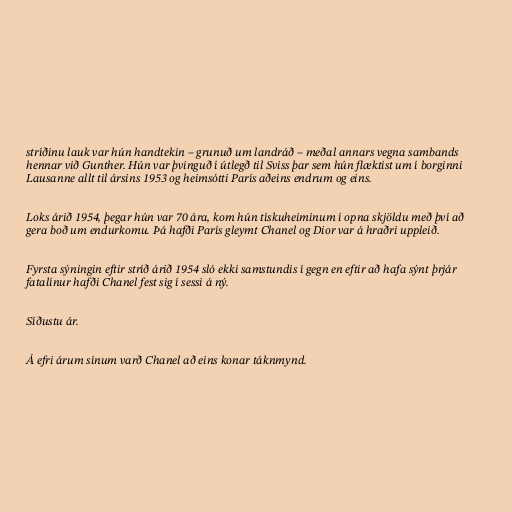
stríðinu lauk var hún handtekin – grunuð um landráð – meðal annars vegna sambands
hennar við Gunther. Hún var þvinguð í útlegð til Sviss þar sem hún flæktist um í borginni
Lausanne allt til ársins 1953 og heimsótti París aðeins endrum og eins.

Loks árið 1954, þegar hún var 70 ára, kom hún tískuheiminum í opna skjöldu með því að
gera boð um endurkomu. Þá hafði París gleymt Chanel og Dior var á hraðri uppleið.

Fyrsta sýningin eftir stríð árið 1954 sló ekki samstundis í gegn en eftir að hafa sýnt þrjár
fatalínur hafði Chanel fest sig í sessi á ný.

Síðustu ár.

Á efri árum sínum varð Chanel að eins konar táknmynd.